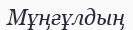
Мұңғұлдың